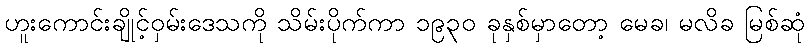
ဟူးကောင်းချိုင့်ဝှမ်းဒေသကို သိမ်းပိုက်ကာ ၁၉၃၀ ခုနှစ်မှာတော့ မေခ၊ မလိခ မြစ်ဆုံ